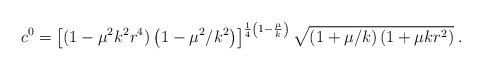
\begin{align*}c^0=\left[(1-\mu^2k^2r^4)\left(1-\mu^2/k^2\right)\right]^{\frac{1}{4}\left(1-\frac{\mu}{k}\right)}\sqrt{\left(1+\mu/k\right)(1+\mu k r^2)}\;.\end{align*}